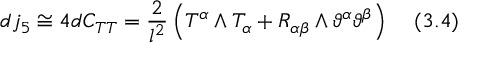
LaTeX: d j _ { 5 } \cong 4 d C _ { T T } = \frac { 2 } { l ^ { 2 } } \left( T ^ { \alpha } \wedge T _ { \alpha } + R _ { \alpha \beta } \wedge \vartheta ^ { \alpha } \vartheta ^ { \beta } \right) \; \; \; \; ( 3 . 4 )